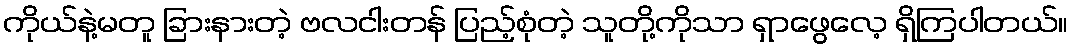
ကိုယ်နဲ့မတူ ခြားနားတဲ့ ဗလငါးတန် ပြည့်စုံတဲ့ သူတို့ကိုသာ ရှာဖွေလေ့ ရှိကြပါတယ်။